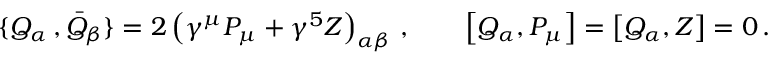
\{ Q _ { \alpha } \, , { \bar { Q } } _ { \beta } \} = 2 \left( \gamma ^ { \mu } P _ { \mu } + \gamma ^ { 5 } { \cal Z } \right) _ { \alpha \beta } \, , \qquad \left[ Q _ { \alpha } , P _ { \mu } \right] = \left[ Q _ { \alpha } , { \cal Z } \right] = 0 \, .